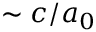
\sim c / a _ { 0 }